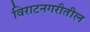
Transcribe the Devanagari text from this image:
विराटनगरीतील